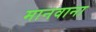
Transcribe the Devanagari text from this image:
मानवाना